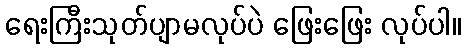
ရေးကြီးသုတ်ပျာမလုပ်ပဲ ဖြေးဖြေး လုပ်ပါ။